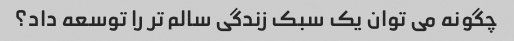
چگونه می توان یک سبک زندگی سالم تر را توسعه داد؟